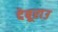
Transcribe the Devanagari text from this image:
देबूराउ